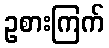
ဥစားကြက်